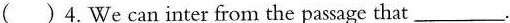
()4.We can inter from the passage that ___.